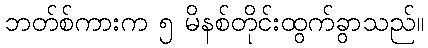
ဘတ်စ်ကားက ၅ မိနစ်တိုင်းထွက်ခွာသည်။